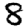
Digit: 8